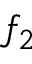
f _ { 2 }